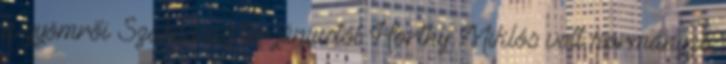
a gyömrői Szabadság tér júniustól Horthy Miklós volt kormányzó